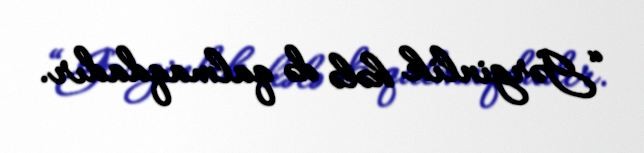
“Gərginlik hələ də qalmaqdadır.